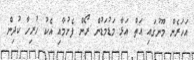
އަހަރެން މޫނުގައި އަތް އަޅާ މަޑުމަޑުން ރޯން ފެށުމާއި އެކު ހުރިހާ ކުދިން